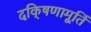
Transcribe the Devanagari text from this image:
दकि्षणामूर्ति